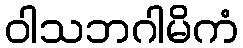
ဝါသဘဂါမိကံ